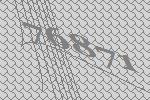
76871